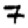
Digit: 7